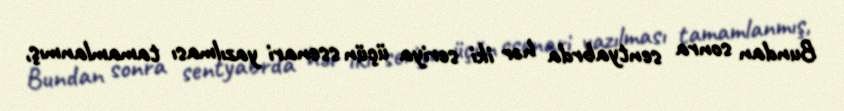
Bundan sonra sentyabrda hər iki seriya üçün ssenari yazılması tamamlanmış,